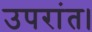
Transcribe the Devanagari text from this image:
उपरांत।